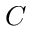
C